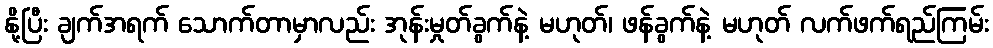
နို့ပြီး ချက်အရက် သောက်တာမှာလည်း အုန်းမှုတ်ခွက်နဲ့ မဟုတ်၊ ဖန်ခွက်နဲ့ မဟုတ် လက်ဖက်ရည်ကြမ်း